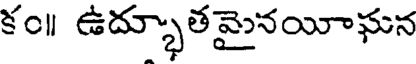
కం॥ ఉద్భూతమైనయీఘన